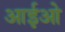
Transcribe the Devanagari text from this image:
आईओ